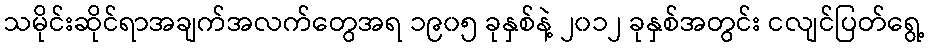
သမိုင်းဆိုင်ရာအချက်အလက်တွေအရ ၁၉၀၅ ခုနှစ်နဲ့ ၂၀၁၂ ခုနှစ်အတွင်း ငလျင်ပြတ်ရွေ့